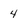
Character: 4